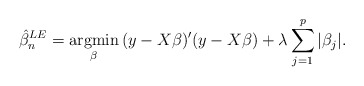
\begin{align*}\hat{\beta}_n^{LE} = \underset{\beta}{\mbox{argmin}}\, (y-X\beta)'(y-X\beta) + \lambda \sum_{j=1}^{p}|\beta_j|.\end{align*}